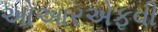
ઓઆરએફવી